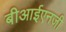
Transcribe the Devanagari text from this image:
बीआईएनजी